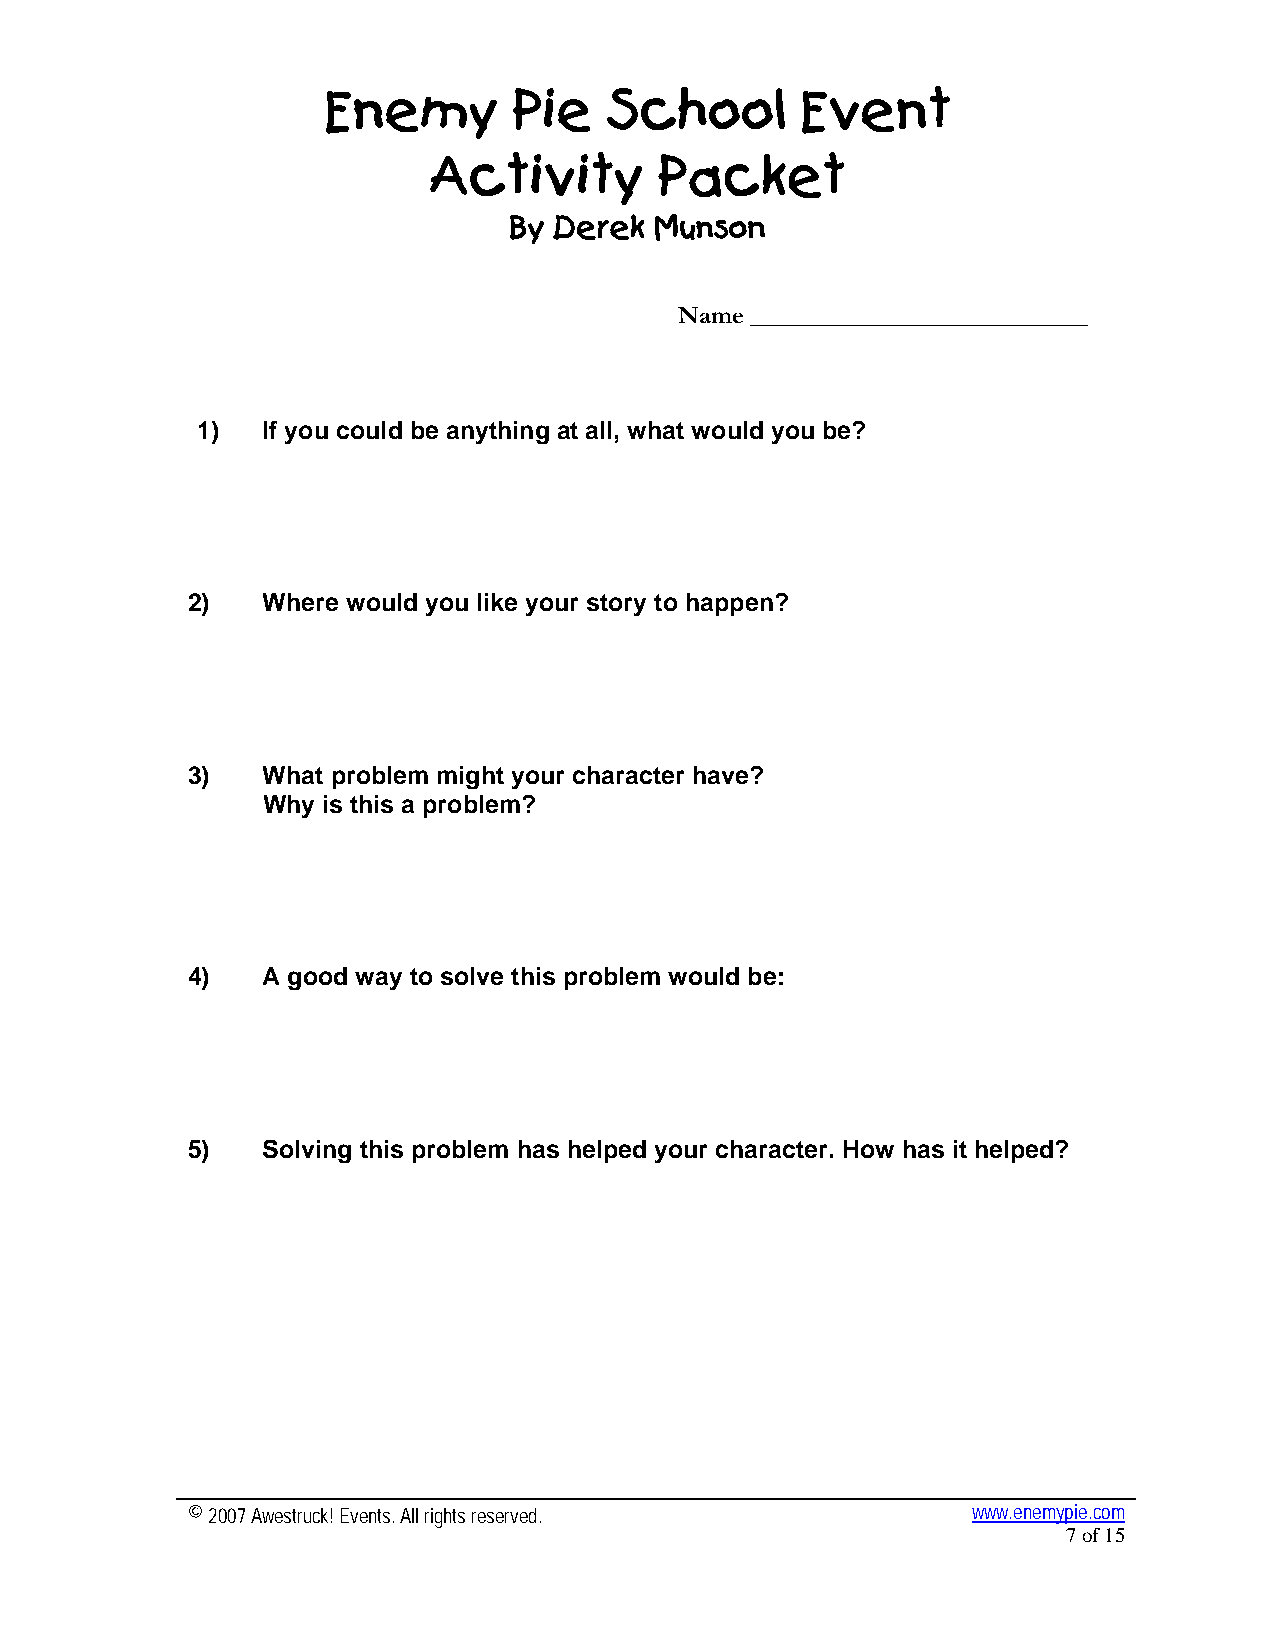
Enemy        Pie   School       Event
 Activity        Packet
 By Derek Munson
 Name ___________________________
 1)  If you could be anything at all, what would you be?
 2)   Where would you like your story to happen?
 3)   What problem might your character have?
 Why is this a problem?
 4)   A good way to solve this problem would be:
 5)   Solving this problem has helped your character. How has it helped?
 © 2007 Awestruck! Events. All rights reserved.      www.enemypie.com
 7 of 15